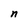
Character: n